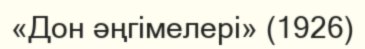
«Дон әңгімелері» (1926)